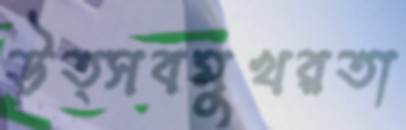
উত্সবমুখরতা